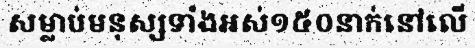
សម្លាប់មនុស្សទាំងអស់១៥០នាក់នៅលើ